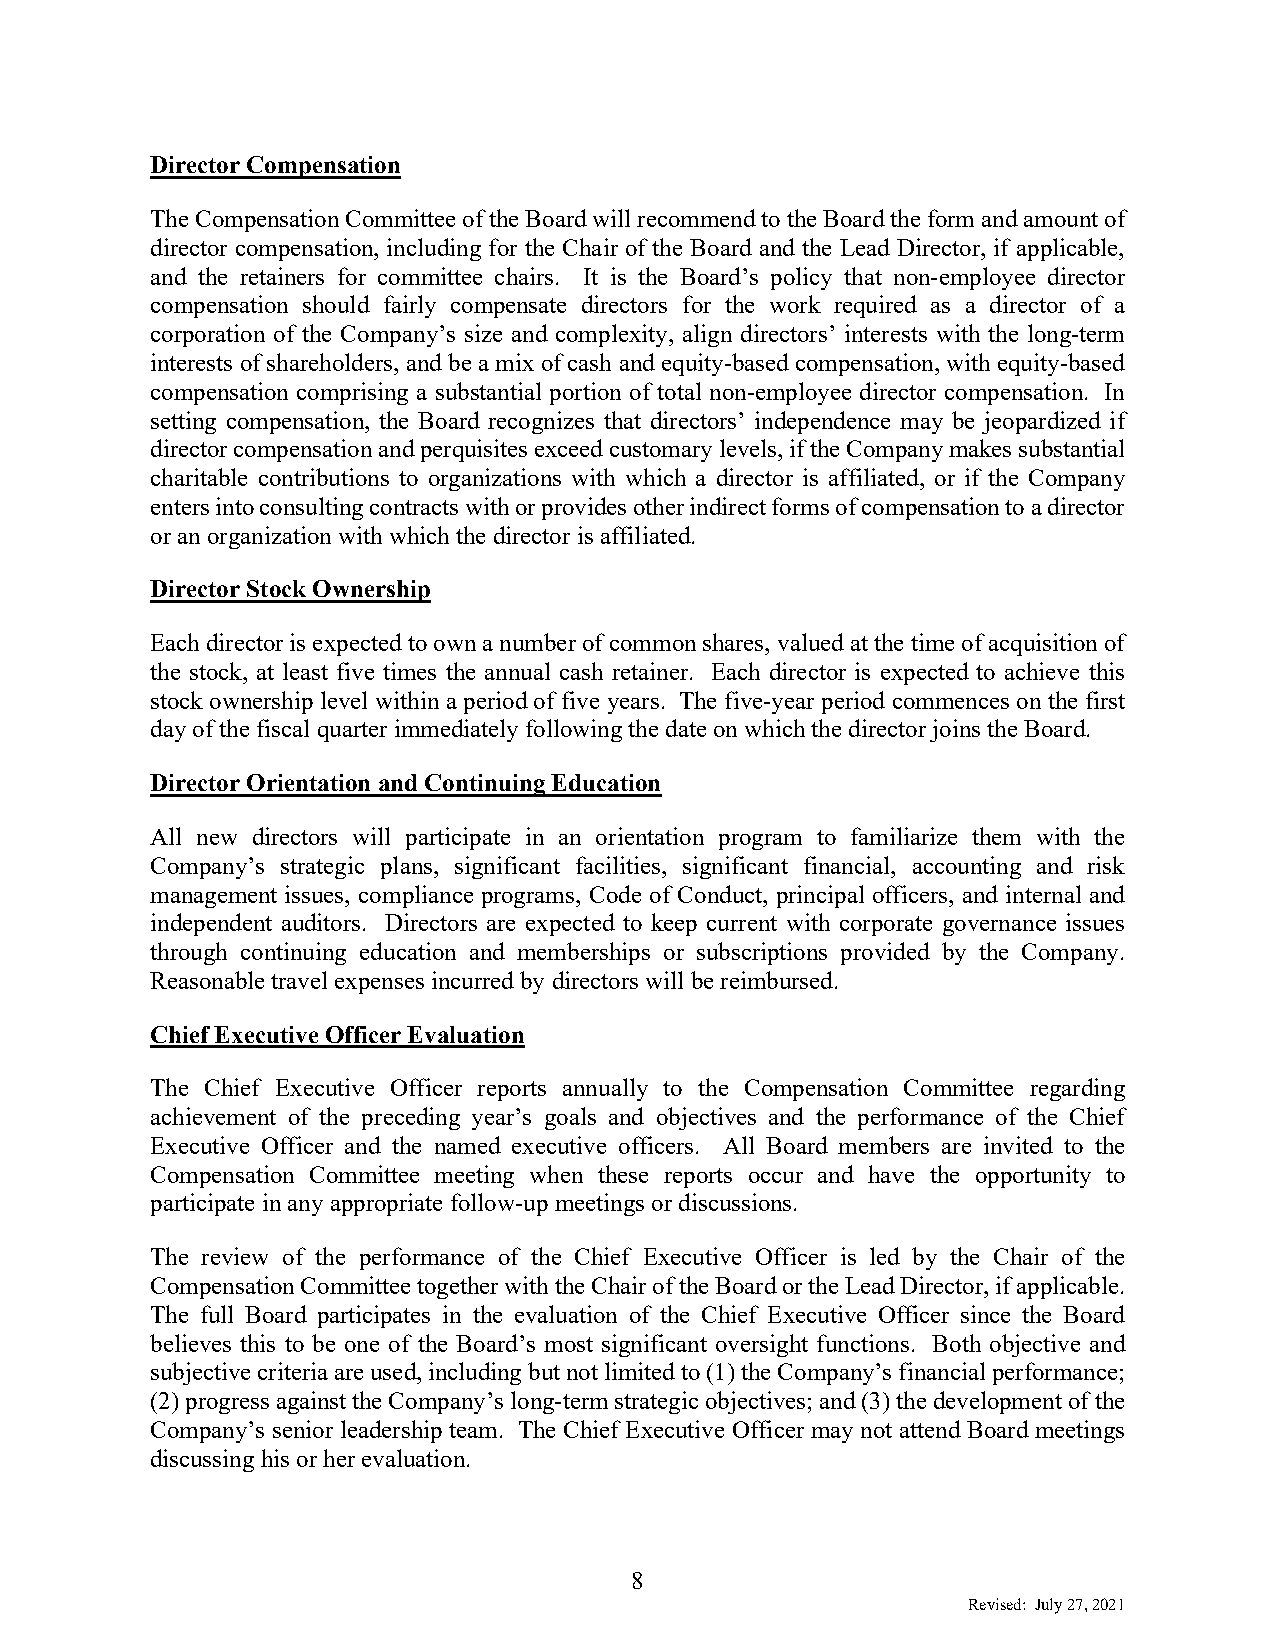
Director Compensation
 The Compensation Committee of the Board will recommend to the Board the form and amount of
 director compensation, including for the Chair of the Board and the Lead Director, if applicable,
 and the retainers for committee chairs. It is the Board’s policy that non-employee director
 compensation should fairly compensate directors for the work required as a director of a
 corporation of the Company’s size and complexity, align directors’ interests with the long-term
 interests of shareholders, and be a mix of cash and equity-based compensation, with equity-based
 compensation comprising a substantial portion of total non-employee director compensation. In
 setting compensation, the Board recognizes that directors’ independence may be jeopardized if
 director compensation and perquisites exceed customary levels, if the Company makes substantial
 charitable contributions to organizations with which a director is affiliated, or if the Company
 enters into consulting contracts with or provides other indirect forms of compensation to a director
 or an organization with which the director is affiliated.
 Director Stock Ownership
 Each director is expected to own a number of common shares, valued at the time of acquisition of
 the stock, at least five times the annual cash retainer. Each director is expected to achieve this
 stock ownership level within a period of five years. The five-year period commences on the first
 day of the fiscal quarter immediately following the date on which the director joins the Board.
 Director Orientation and Continuing Education
 All new directors will participate in an orientation program to familiarize them with the
 Company’s strategic plans, significant facilities, significant financial, accounting and risk
 management issues, compliance programs, Code of Conduct, principal officers, and internal and
 independent auditors. Directors are expected to keep current with corporate governance issues
 through continuing education and memberships or subscriptions provided by the Company.
 Reasonable travel expenses incurred by directors will be reimbursed.
 Chief Executive Officer Evaluation
 The Chief Executive Officer reports annually to the Compensation Committee regarding
 achievement of the preceding year’s goals and objectives and the performance of the Chief
 Executive Officer and the named executive officers. All Board members are invited to the
 Compensation Committee meeting when these reports occur and have the opportunity to
 participate in any appropriate follow-up meetings or discussions.
 The review of the performance of the Chief Executive Officer is led by the Chair of the
 Compensation Committee together with the Chair of the Board or the Lead Director, if applicable.
 The full Board participates in the evaluation of the Chief Executive Officer since the Board
 believes this to be one of the Board’s most significant oversight functions. Both objective and
 subjective criteria are used, including but not limited to (1) the Company’s financial performance;
 (2) progress against the Company’s long-term strategic objectives; and (3) the development of the
 Company’s senior leadership team. The Chief Executive Officer may not attend Board meetings
 discussing his or her evaluation.
 8
 Revised: July 27, 2021